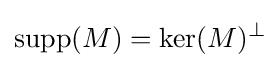
{\text{supp}}(M)={\text{ker}}(M)^{\perp }